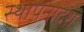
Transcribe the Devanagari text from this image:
स्थापनादेश